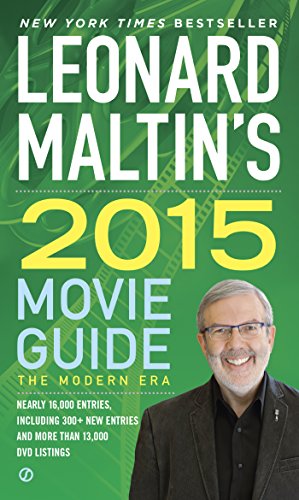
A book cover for Leonard Maltin's 2015 Movie Guide (Leonard Maltin's Movie Guide); Leonard Maltin; Humor & Entertainment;